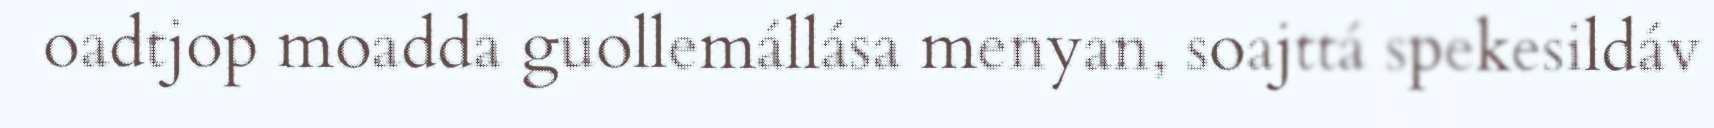
oadtjop moadda guollemállása menyan, soajttá spekesildáv